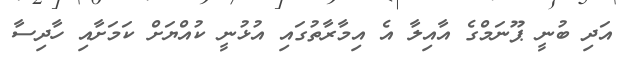
އަދި ބުނީ ޕޫނަމްގެ އާއިލާ އެ އިމާރާތުގައި އުޅުނީ ކުއްޔަށް ކަމަށާއި ހާދިސާ